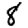
Digit: 8